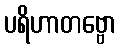
ပရိဟာတဗ္ဗော